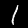
Label: 1